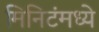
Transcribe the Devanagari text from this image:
मिनिटंमध्ये